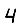
Digit: 4